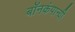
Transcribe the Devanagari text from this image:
बॉनकंपान्यी